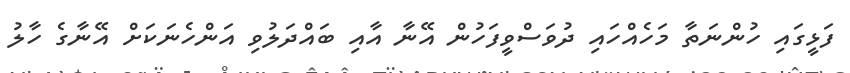
ފަޅީގައި ހުންނަތާ މަހެއްހައި ދުވަސްވީފަހުން އޭނާ އާއި ބައްދަލުވި އަންހެނަކަށް އޭނާގެ ހާލު